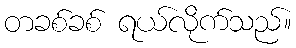
တခစ်ခစ် ရယ်လိုက်သည်။